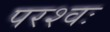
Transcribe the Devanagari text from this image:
परश्वः